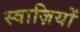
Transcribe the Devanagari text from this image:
स्वाज़ियों